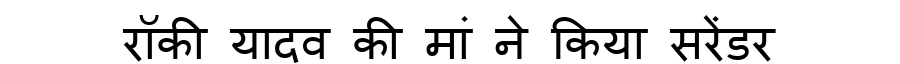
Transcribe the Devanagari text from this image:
रॉकी यादव की मां ने किया सरेंडर